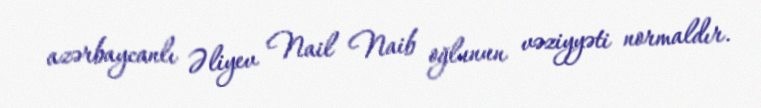
azərbaycanlı Əliyev Nail Naib oğlunun vəziyyəti normaldır.